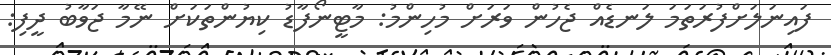
ފައިނަލަށްފުރަތަމަ ލަނޑެއް ޖެހުން ވަރަށް މުހިންމު: މާޓީނޯފާޑު ކިޔުންތަކަށް ނޭމާ ޖަވާބު ދީފި: